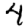
Digit: 4